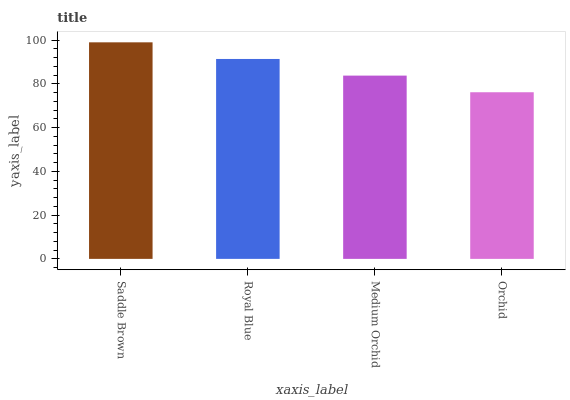
| xaxis_label | bars |
 | --- | --- |
 | Saddle Brown | 99 |
 | Royal Blue | 91.4 |
 | Medium Orchid | 83.8 |
 | Orchid | 76.2 |